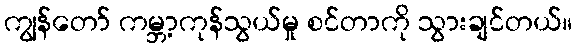
ကျွန်တော် ကမ္ဘာ့ကုန်သွယ်မှု စင်တာကို သွားချင်တယ်။